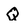
Character: Q